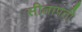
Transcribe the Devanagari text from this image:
सीतापती